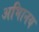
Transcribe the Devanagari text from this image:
अभािनय